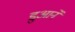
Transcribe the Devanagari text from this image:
डुआने